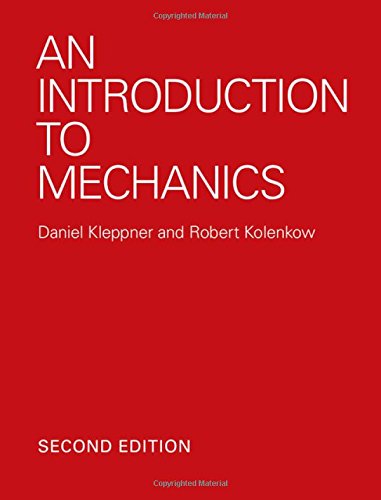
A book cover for An Introduction to Mechanics; Daniel Kleppner; Science & Math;